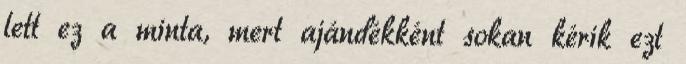
lett ez a minta, mert ajándékként sokan kérik ezt